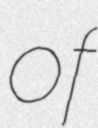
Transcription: of